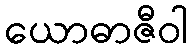
ယောဓာဇီဝါ